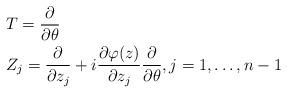
LaTeX: \begin{align*}&T=\frac{\partial}{\partial\theta}\\&Z_j=\frac{\partial}{\partial z_j}+i\frac{\partial\varphi(z)}{\partial z_j}\frac{\partial}{\partial\theta},j=1,\ldots,n-1\end{align*}